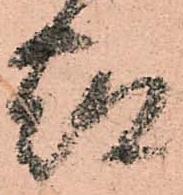
都